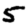
Digit: 5